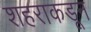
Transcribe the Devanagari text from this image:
शहराकडून